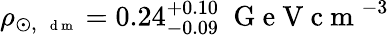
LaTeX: \rho_{\odot,\, \mathrm{~\scriptsize~d~m~}}=0.24_{-0.09}^{+0.10}~\mathrm{~G~e~V~c~m~}^{-3}